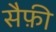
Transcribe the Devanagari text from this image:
सैफ़ी